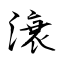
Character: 滖